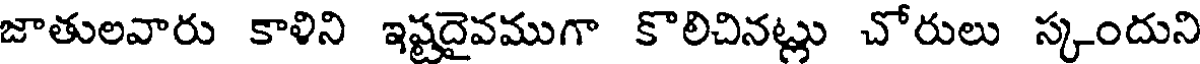
జాతులవారు కాళిని ఇష్టదైవముగా కొలిచినట్లు చోరులు స్కందుని